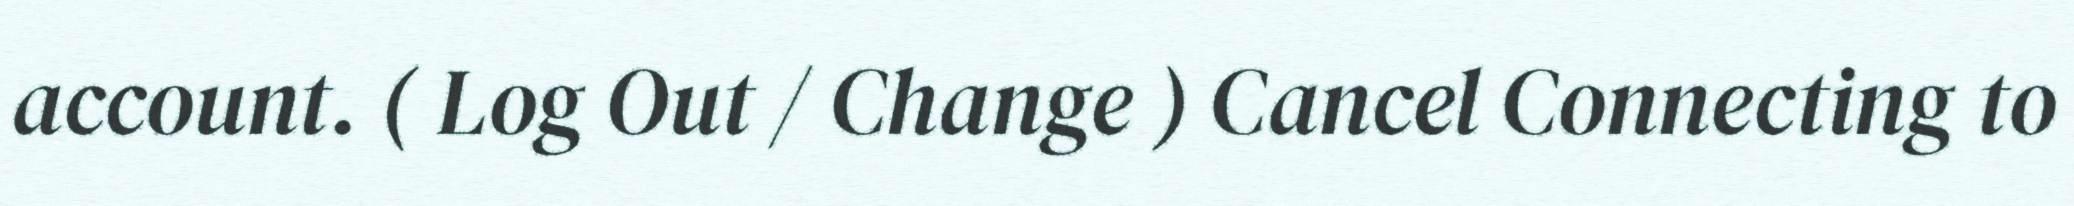
account. ( Log Out / Change ) Cancel Connecting to